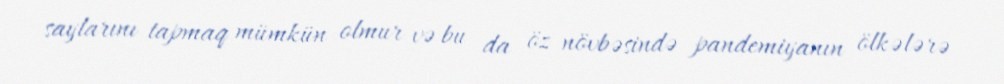
saylarını tapmaq mümkün olmur və bu da öz növbəsində pandemiyanın ölkələrə